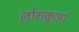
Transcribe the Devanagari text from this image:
लोगकुआं